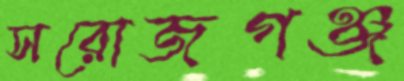
সরোজগঞ্জ